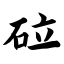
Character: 砬